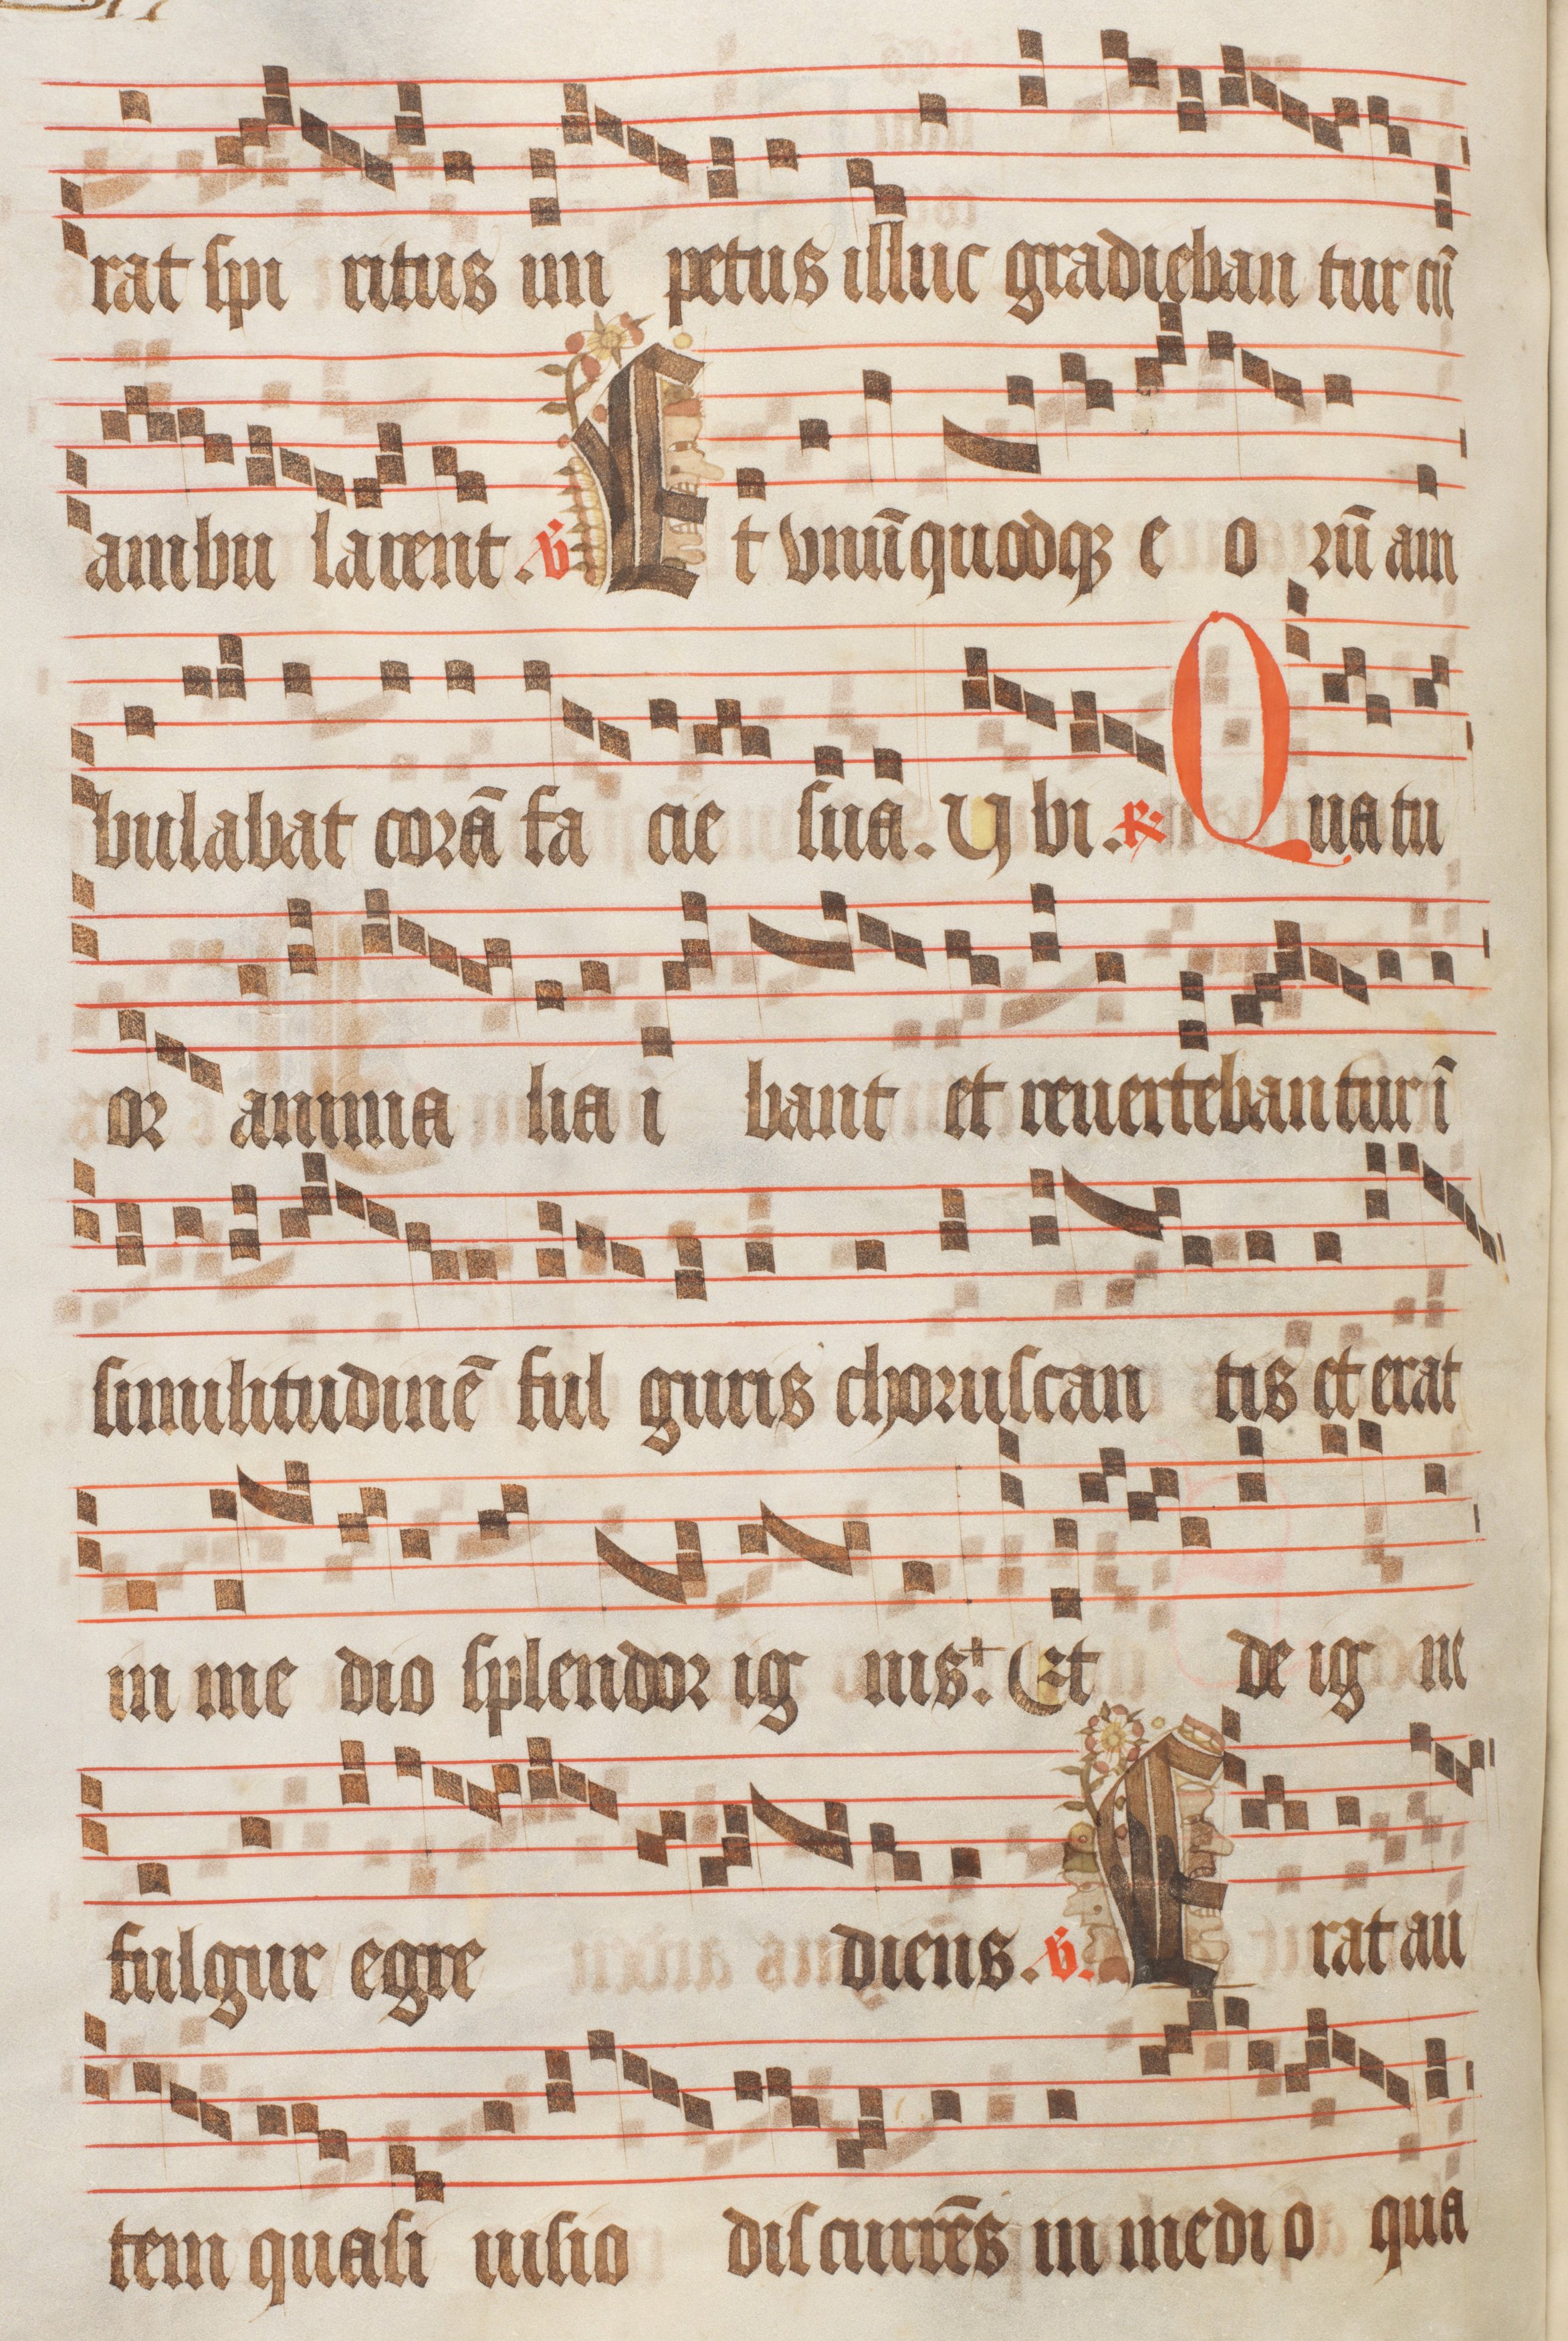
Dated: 1470–1505